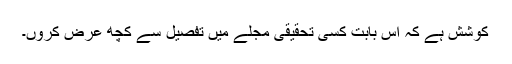
کوشش ہے کہ اس بابت کسی تحقیقی مجلے میں تفصیل سے کچھ عرض کروں۔